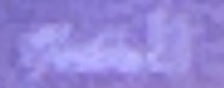
الفم